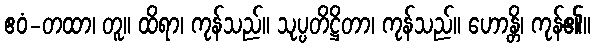
ဧဝံ-တထာ၊ တူ။ ထိရာ၊ ကုန်သည်။ သုပ္ပတိဋ္ဌိတာ၊ ကုန်သည်။ ဟောန္တိ၊ ကုန်၏။